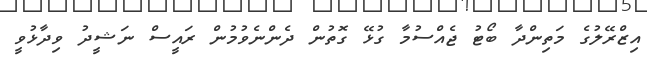
އިޒްރޭލުގެ މަތިންދާ ބޯޓު ޖެއްސުމާ ގުޅޭ ގޮތުން ދެންނެވުމުން ރައީސް ނަޝީދު ވިދާޅުވީ